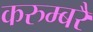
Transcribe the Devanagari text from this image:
करुम्बरै